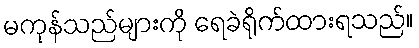
မကုန်သည်များကို ရေခဲရိုက်ထားရသည်။